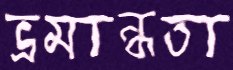
ভ্রমান্ধতা